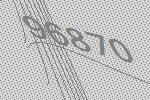
96870